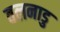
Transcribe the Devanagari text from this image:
वलनाडु